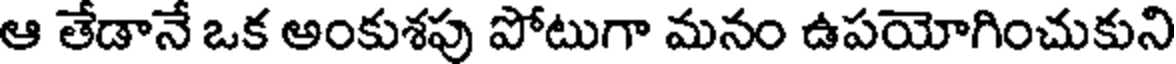
ఆ తేడానే ఒక అంకుశపు పోటుగా మనం ఉపయోగించుకుని